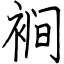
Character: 裥